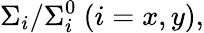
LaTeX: \Sigma_{i}/\Sigma_{i}^{0}~(i=x,y),